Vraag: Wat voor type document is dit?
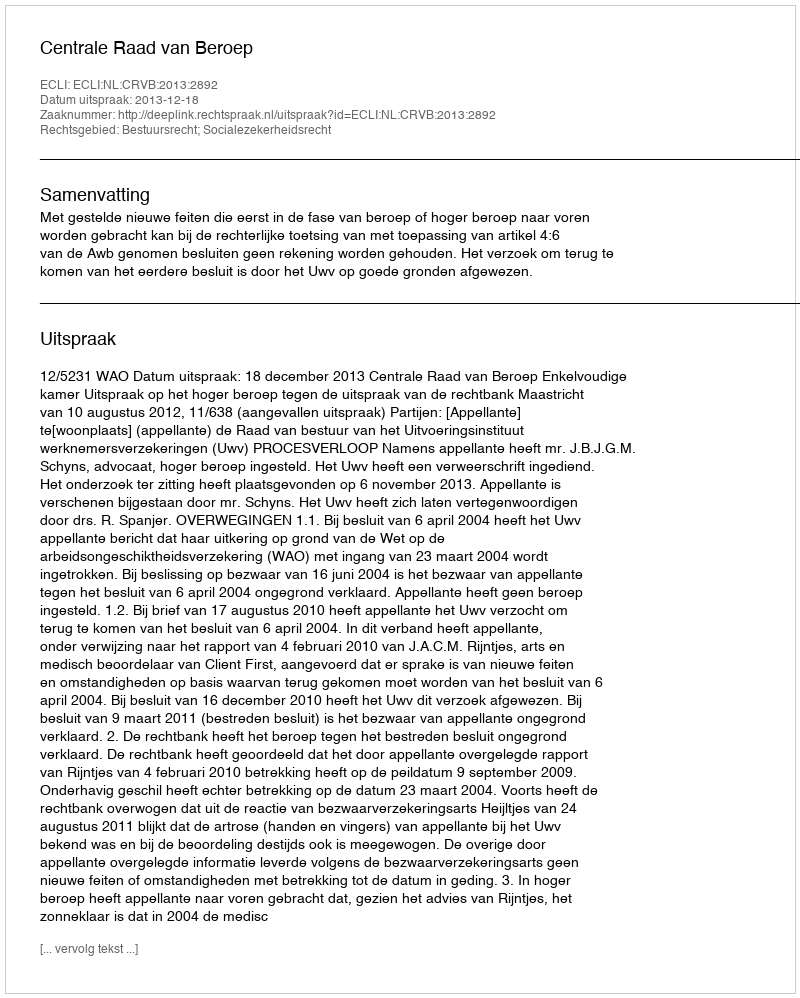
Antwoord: Uitspraak